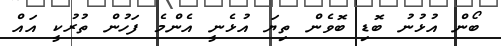
ބޯން އުޅުނު ބޮޑި ބޮވެން ތިޔަ އުޅެނީ އެންމެ ފަހުން ތުރުކީ އައް